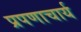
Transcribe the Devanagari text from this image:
प्रपणाचार्य